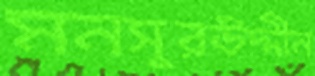
মনসুরউদ্দীন